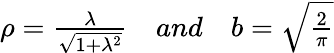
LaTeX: \begin{array}{r}{\rho=\frac{\lambda}{\sqrt{1+\lambda^{2}}}\quad and\quad b=\sqrt{\frac{2}{\pi}}}\end{array}